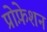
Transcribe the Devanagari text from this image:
प्रोफ़ेशन